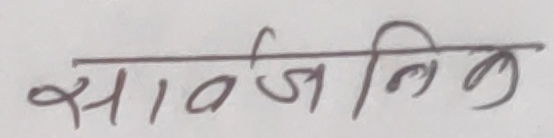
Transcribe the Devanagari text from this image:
सार्वजनिक